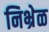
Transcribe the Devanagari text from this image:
निभ्रेळ